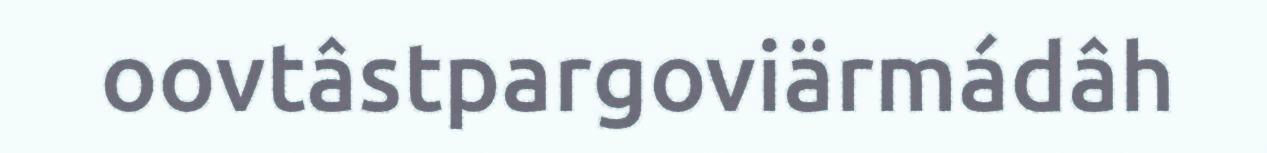
oovtâstpargoviärmádâh